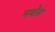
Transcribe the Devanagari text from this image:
मथेन